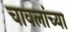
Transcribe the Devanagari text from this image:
चावलांच्या